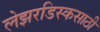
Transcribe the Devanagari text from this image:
लेझरडिस्कसाठी